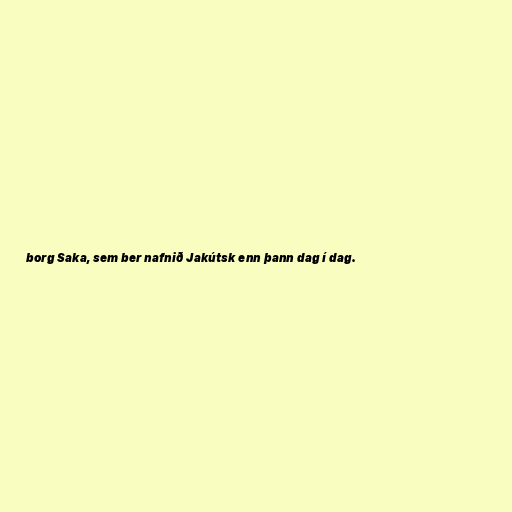
borg Saka, sem ber nafnið Jakútsk enn þann dag í dag.